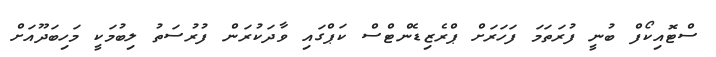
ސްޓޮއިކޯފް ބުނީ ފުރަތަމަ ފަހަރަށް ޕްރެޒިޑެންޓްސް ކަޕްގައި ވާދަކުރަން ފުރުސަތު ލިބުމަކީ މަހިބަދޫއަށް